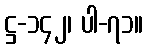
ဋ္ဌ-၁၄၂၊ ပါ-၇၁။